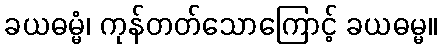
ခယဓမ္မံ၊ ကုန်တတ်သောကြောင့် ခယဓမ္မ။